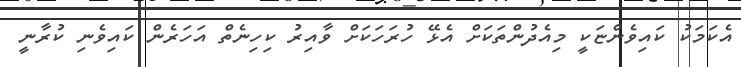
އެކަމަކު ކައިވެންޏަކީ މިއެދުންތަކަށް އެޅޭ ހުރަހަކަށް ވާއިރު ކިހިނެތް އަހަރެން ކައިވެނި ކުރާނީ